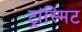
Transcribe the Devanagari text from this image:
ट्रांस्मिट